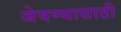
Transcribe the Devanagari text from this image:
जेवण्यासाठी